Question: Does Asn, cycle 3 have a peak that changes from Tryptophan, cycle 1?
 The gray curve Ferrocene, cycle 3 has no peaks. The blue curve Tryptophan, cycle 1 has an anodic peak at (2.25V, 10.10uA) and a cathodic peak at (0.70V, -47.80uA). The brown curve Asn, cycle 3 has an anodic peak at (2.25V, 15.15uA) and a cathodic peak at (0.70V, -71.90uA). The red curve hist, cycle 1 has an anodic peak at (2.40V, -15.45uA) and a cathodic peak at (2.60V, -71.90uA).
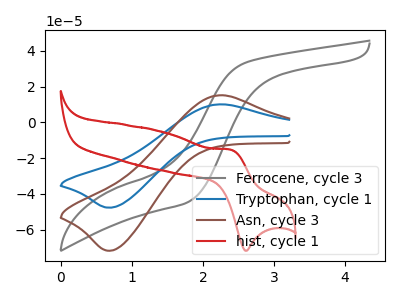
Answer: <think>All the peaks in "Asn, cycle 3" have a peak in "Tryptophan, cycle 1" at the same potential. Every peak in "Asn, cycle 3" is higher than every peak in "Tryptophan, cycle 1".
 </think>
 <answer>No, "Asn, cycle 3" and "Tryptophan, cycle 1" don't appear to be significantly different in shape</answer>
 <eval>no_change</eval>